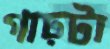
গাঢ়টা